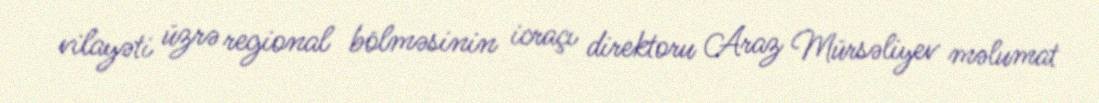
vilayəti üzrə regional bölməsinin icraçı direktoru Araz Mürsəliyev məlumat